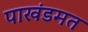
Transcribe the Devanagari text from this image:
पाखंडमत